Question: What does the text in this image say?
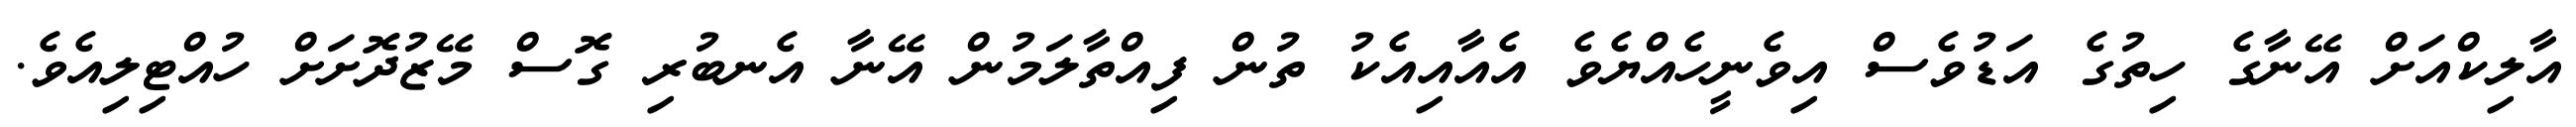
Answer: އާލިކްއަށް އޭނާގެ ހިތުގެ އަޑުވެސް އިވެނީހެއްޔެވެ އެއާއިއެކު ތުން ފިއްތާލަމުން އޭނާ އެނބުރި ގޮސް މޭޒުދޮށަށް ހުއްޓިލިއެވެ.